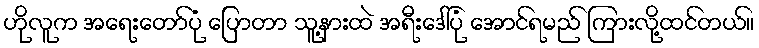
ဟိုလူက အရေးတော်ပုံ ပြောတာ သူ့နားထဲ အရီးဒေါ်ပုံ အောင်ရမည် ကြားလို့ထင်တယ်။